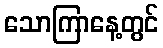
သောကြာနေ့တွင်